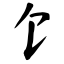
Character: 饣